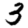
Digit: 3